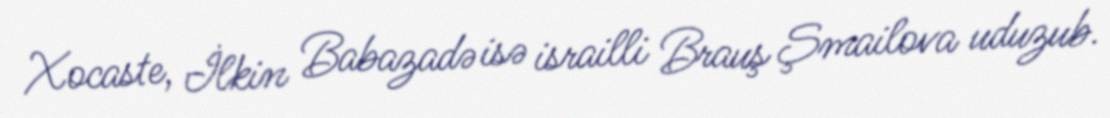
Xocaste, İlkin Babazadə isə israilli Brauş Şmailova uduzub.